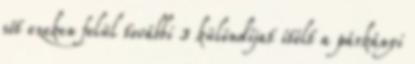
sőt ezeken felül további 3 különdíjat ítélt a párkányi